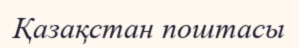
Қазақстан поштасы